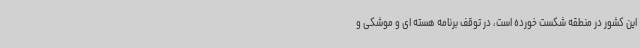
این کشور در منطقه شکست خورده است، در توقف برنامه هسته ای و موشکی و